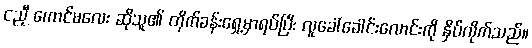
ငညီ့ ကောင်မလေး ဆိုသူ၏ တိုက်ခန်းရှေ့မှာရပ်ပြီး လူခေါ်ခေါင်းလောင်းကို နှိပ်လိုက်သည်။